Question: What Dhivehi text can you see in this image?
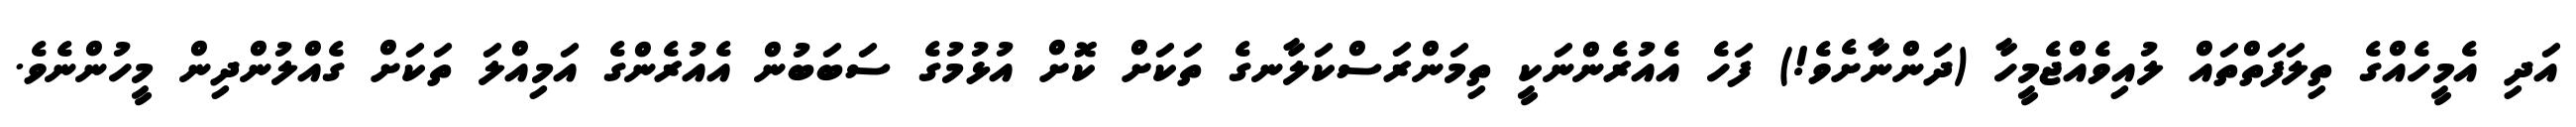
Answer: އަދި އެމީހެއްގެ ތިލަފަތްތައް ލުއިވެއްޖެމީހާ (ދަންނާށެވެ!) ފަހެ އެއުރެންނަކީ ތިމަންރަސްކަލާނގެ ތަކަށް ކޮށް އުޅުމުގެ ސަބަބުން އެއުރެންގެ އަމިއްލަ ތަކަށް ގެއްލުންދިން މީހުންނެވެ.